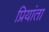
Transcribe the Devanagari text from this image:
प्रियांता